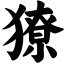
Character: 獠